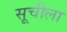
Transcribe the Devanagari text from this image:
सूचीला